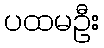
ပထမဦး